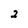
Character: 2